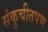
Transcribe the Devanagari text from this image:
संकुचीतपण